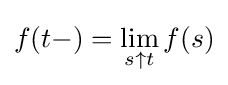
f(t-)=\lim _{s\uparrow t}f(s)